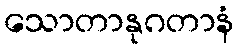
သောတာနုဂတာနံ